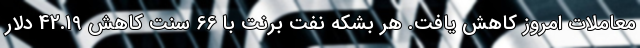
معاملات امروز کاهش یافت. هر بشکه نفت برنت با 66 سنت کاهش 42.19 دلار